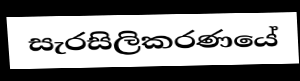
සැරසිලිකරණයේ